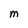
Character: M